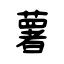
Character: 薯